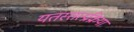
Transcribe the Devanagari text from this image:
यतस्तत्प्रक्रिया